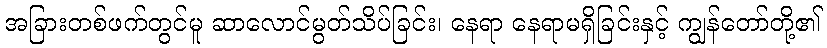
အခြားတစ်ဖက်တွင်မူ ဆာလောင်မွတ်သိပ်ခြင်း၊ နေရာ နေရာမရှိခြင်းနှင့် ကျွန်တော်တို့၏